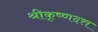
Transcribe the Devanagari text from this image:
श्रीकृष्णदत्त